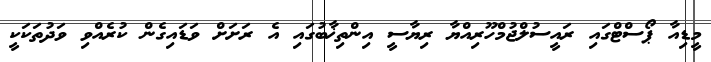
މީޑިއާ ޕޯސްޓްގައި ރައީސުލްޖުމްހޫރިއްޔާ ރިޔާސީ އިންތިޚާބުގައި އެ ރަށަށް ވަޑައިގެން ކުރެއްވި ވަދުތަކަކީ